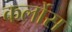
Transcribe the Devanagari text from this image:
कर्लोस